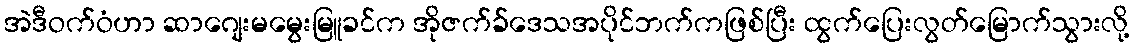
အဲဒီဝက်ဝံဟာ ဆာဂျေးမမွေးမြူခင်က အိုဇက်ခ်ဒေသအပိုင်ဘက်ကဖြစ်ပြီး ထွက်ပြေးလွတ်မြောက်သွားလို့